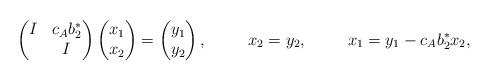
LaTeX: \begin{align*} \begin{pmatrix} I & c_A b_2^*\\ & I \end{pmatrix} \begin{pmatrix} x_1\\ x_2 \end{pmatrix} &= \begin{pmatrix} y_1\\ y_2 \end{pmatrix}, & x_2 &= y_2, & x_1 &= y_1 - c_A b_2^* x_2,\end{align*}